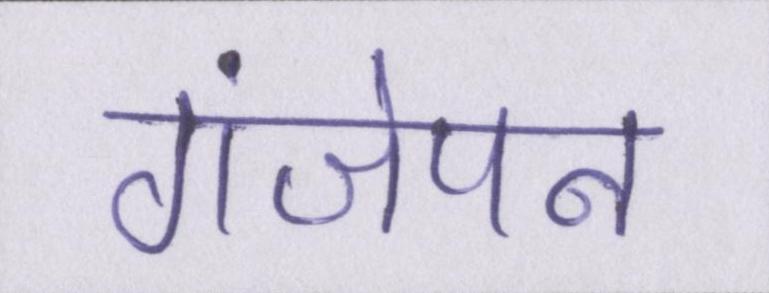
गंजेपन